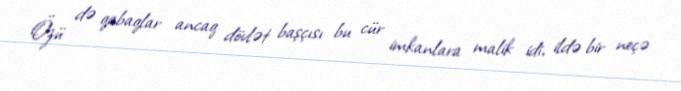
Özü də qabaqlar ancaq dövlət başçısı bu cür imkanlara malik idi, ildə bir neçə